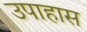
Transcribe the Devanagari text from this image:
उपाहास